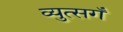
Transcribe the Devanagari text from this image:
व्युत्सगँ